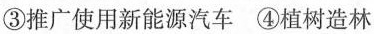
③推广使用新能源汽车 ④植树造林